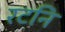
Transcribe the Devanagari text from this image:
रटनि